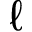
\ell